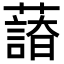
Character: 𦿫